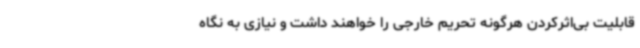
قابلیت بی‌اثرکردن هرگونه تحریم خارجی را خواهند داشت و نیازی به نگاه